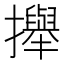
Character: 攑